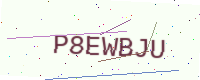
Text: P8EWBJU